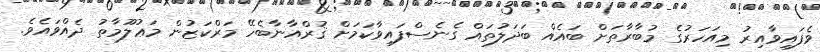
ވެފައިވާއިރު މިއަހަރުގެ މުބާރާތަށް ބައެއް ބަދަލުތައް ގެނެސްފައިވާކަމަށް ޤުރްއާނާބެހޭ މަރްކަޒުން މަޢުލޫމާތު ދެއްވައެވެ.